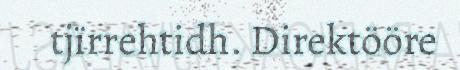
tjïrrehtidh. Direktööre